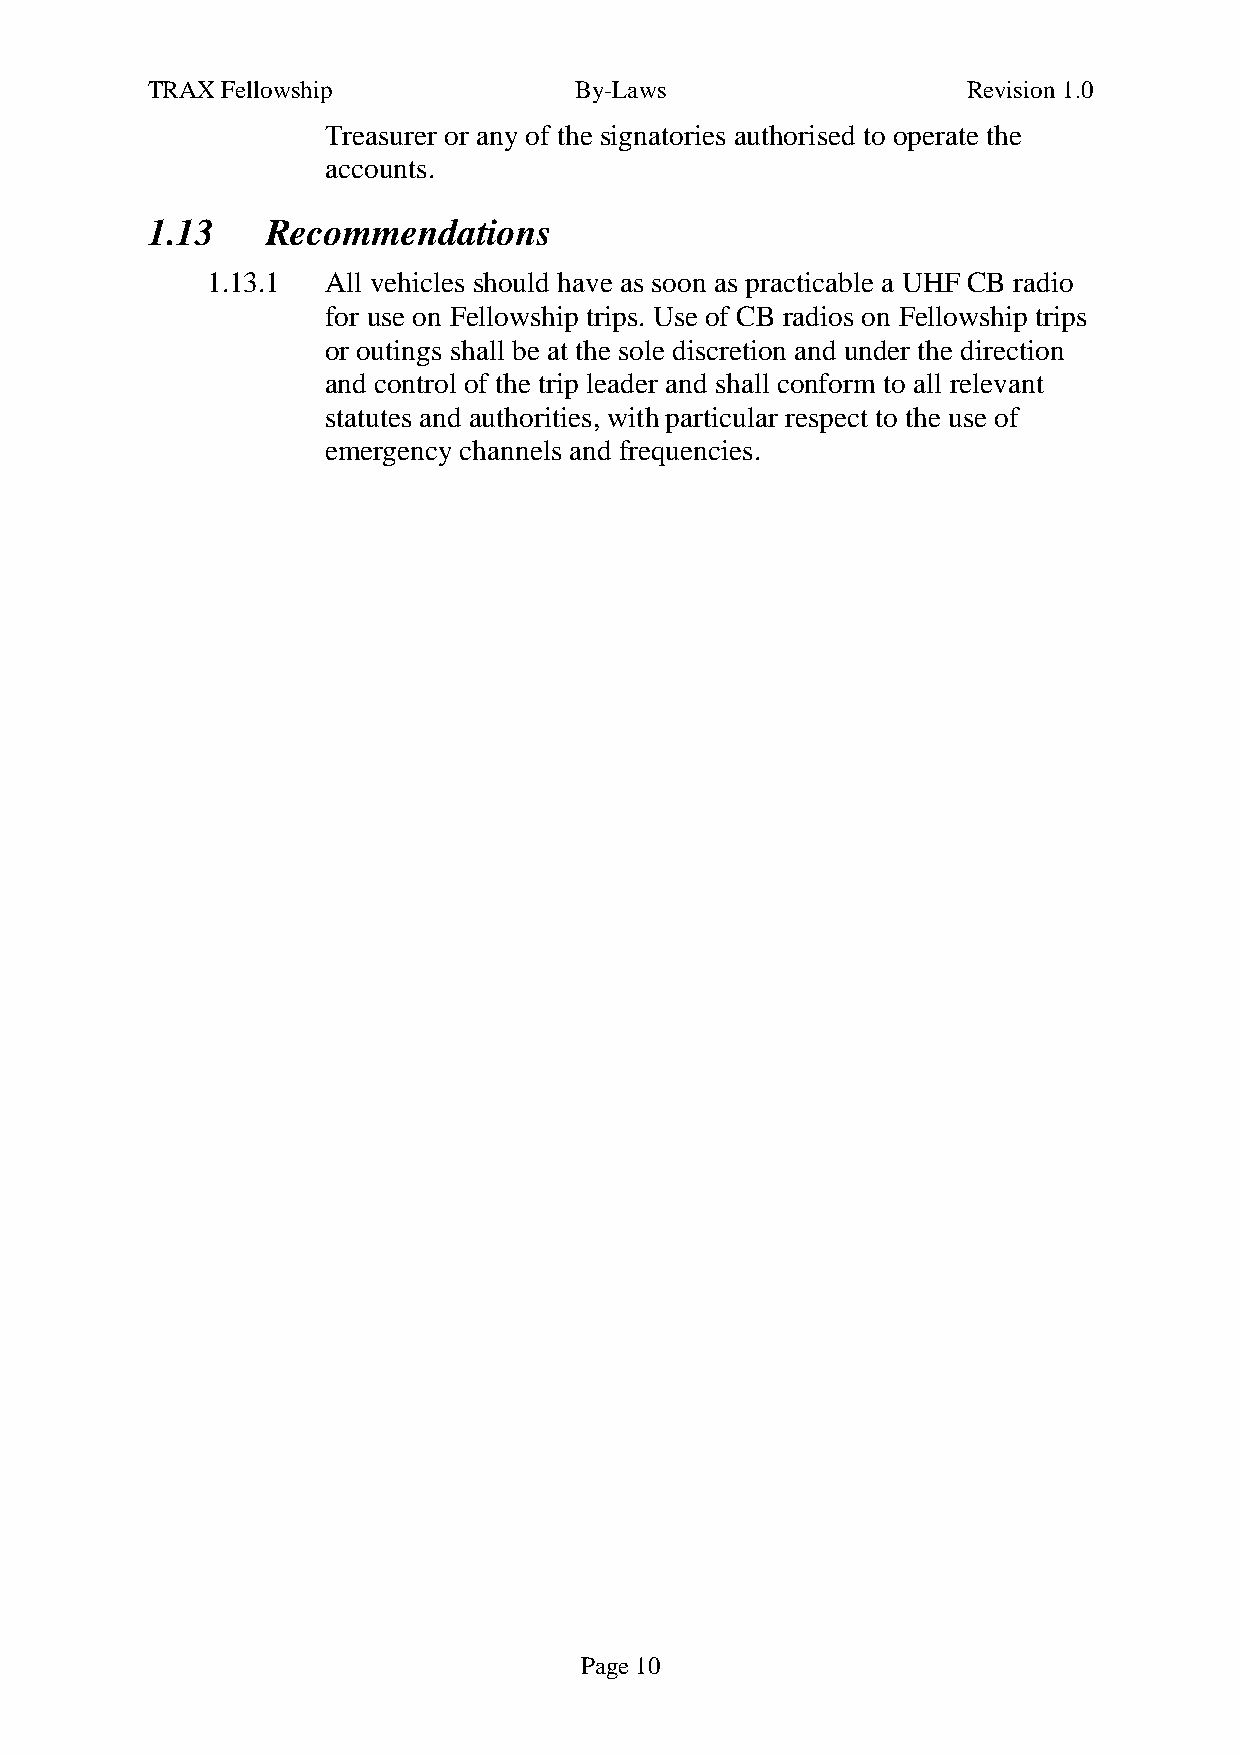
TRAX Fellowship             By-Laws                   Revision 1.0
 Treasurer or any of the signatories authorised to operate the
 accounts.
 1.13    Recommendations
 1.13.1  All vehicles should have as soon as practicable a UHF CB radio
 for use on Fellowship trips. Use of CB radios on Fellowship trips
 or outings shall be at the sole discretion and under the direction
 and control of the trip leader and shall conform to all relevant
 statutes and authorities, with particular respect to the use of
 emergency channels and frequencies.
 Page 10